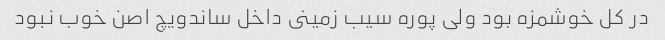
در کل خوشمزه بود ولى پوره سیب زمینى داخل ساندویچ اصن خوب نبود